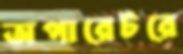
অপারেটরে